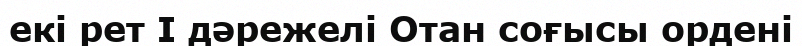
екі рет I дәрежелі Отан соғысы ордені